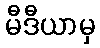
မီဒီယာမှ